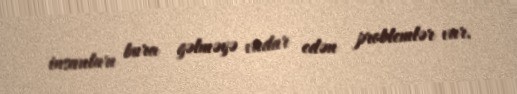
insanları bura gəlməyə vadar edən problemlər var.